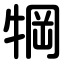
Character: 犅